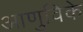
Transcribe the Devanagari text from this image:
आणुविके